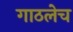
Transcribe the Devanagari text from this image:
गाठलेच